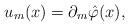
LaTeX: \begin{align*}u_m(x)=\partial_m\hat\varphi(x),\end{align*}